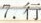
7.行